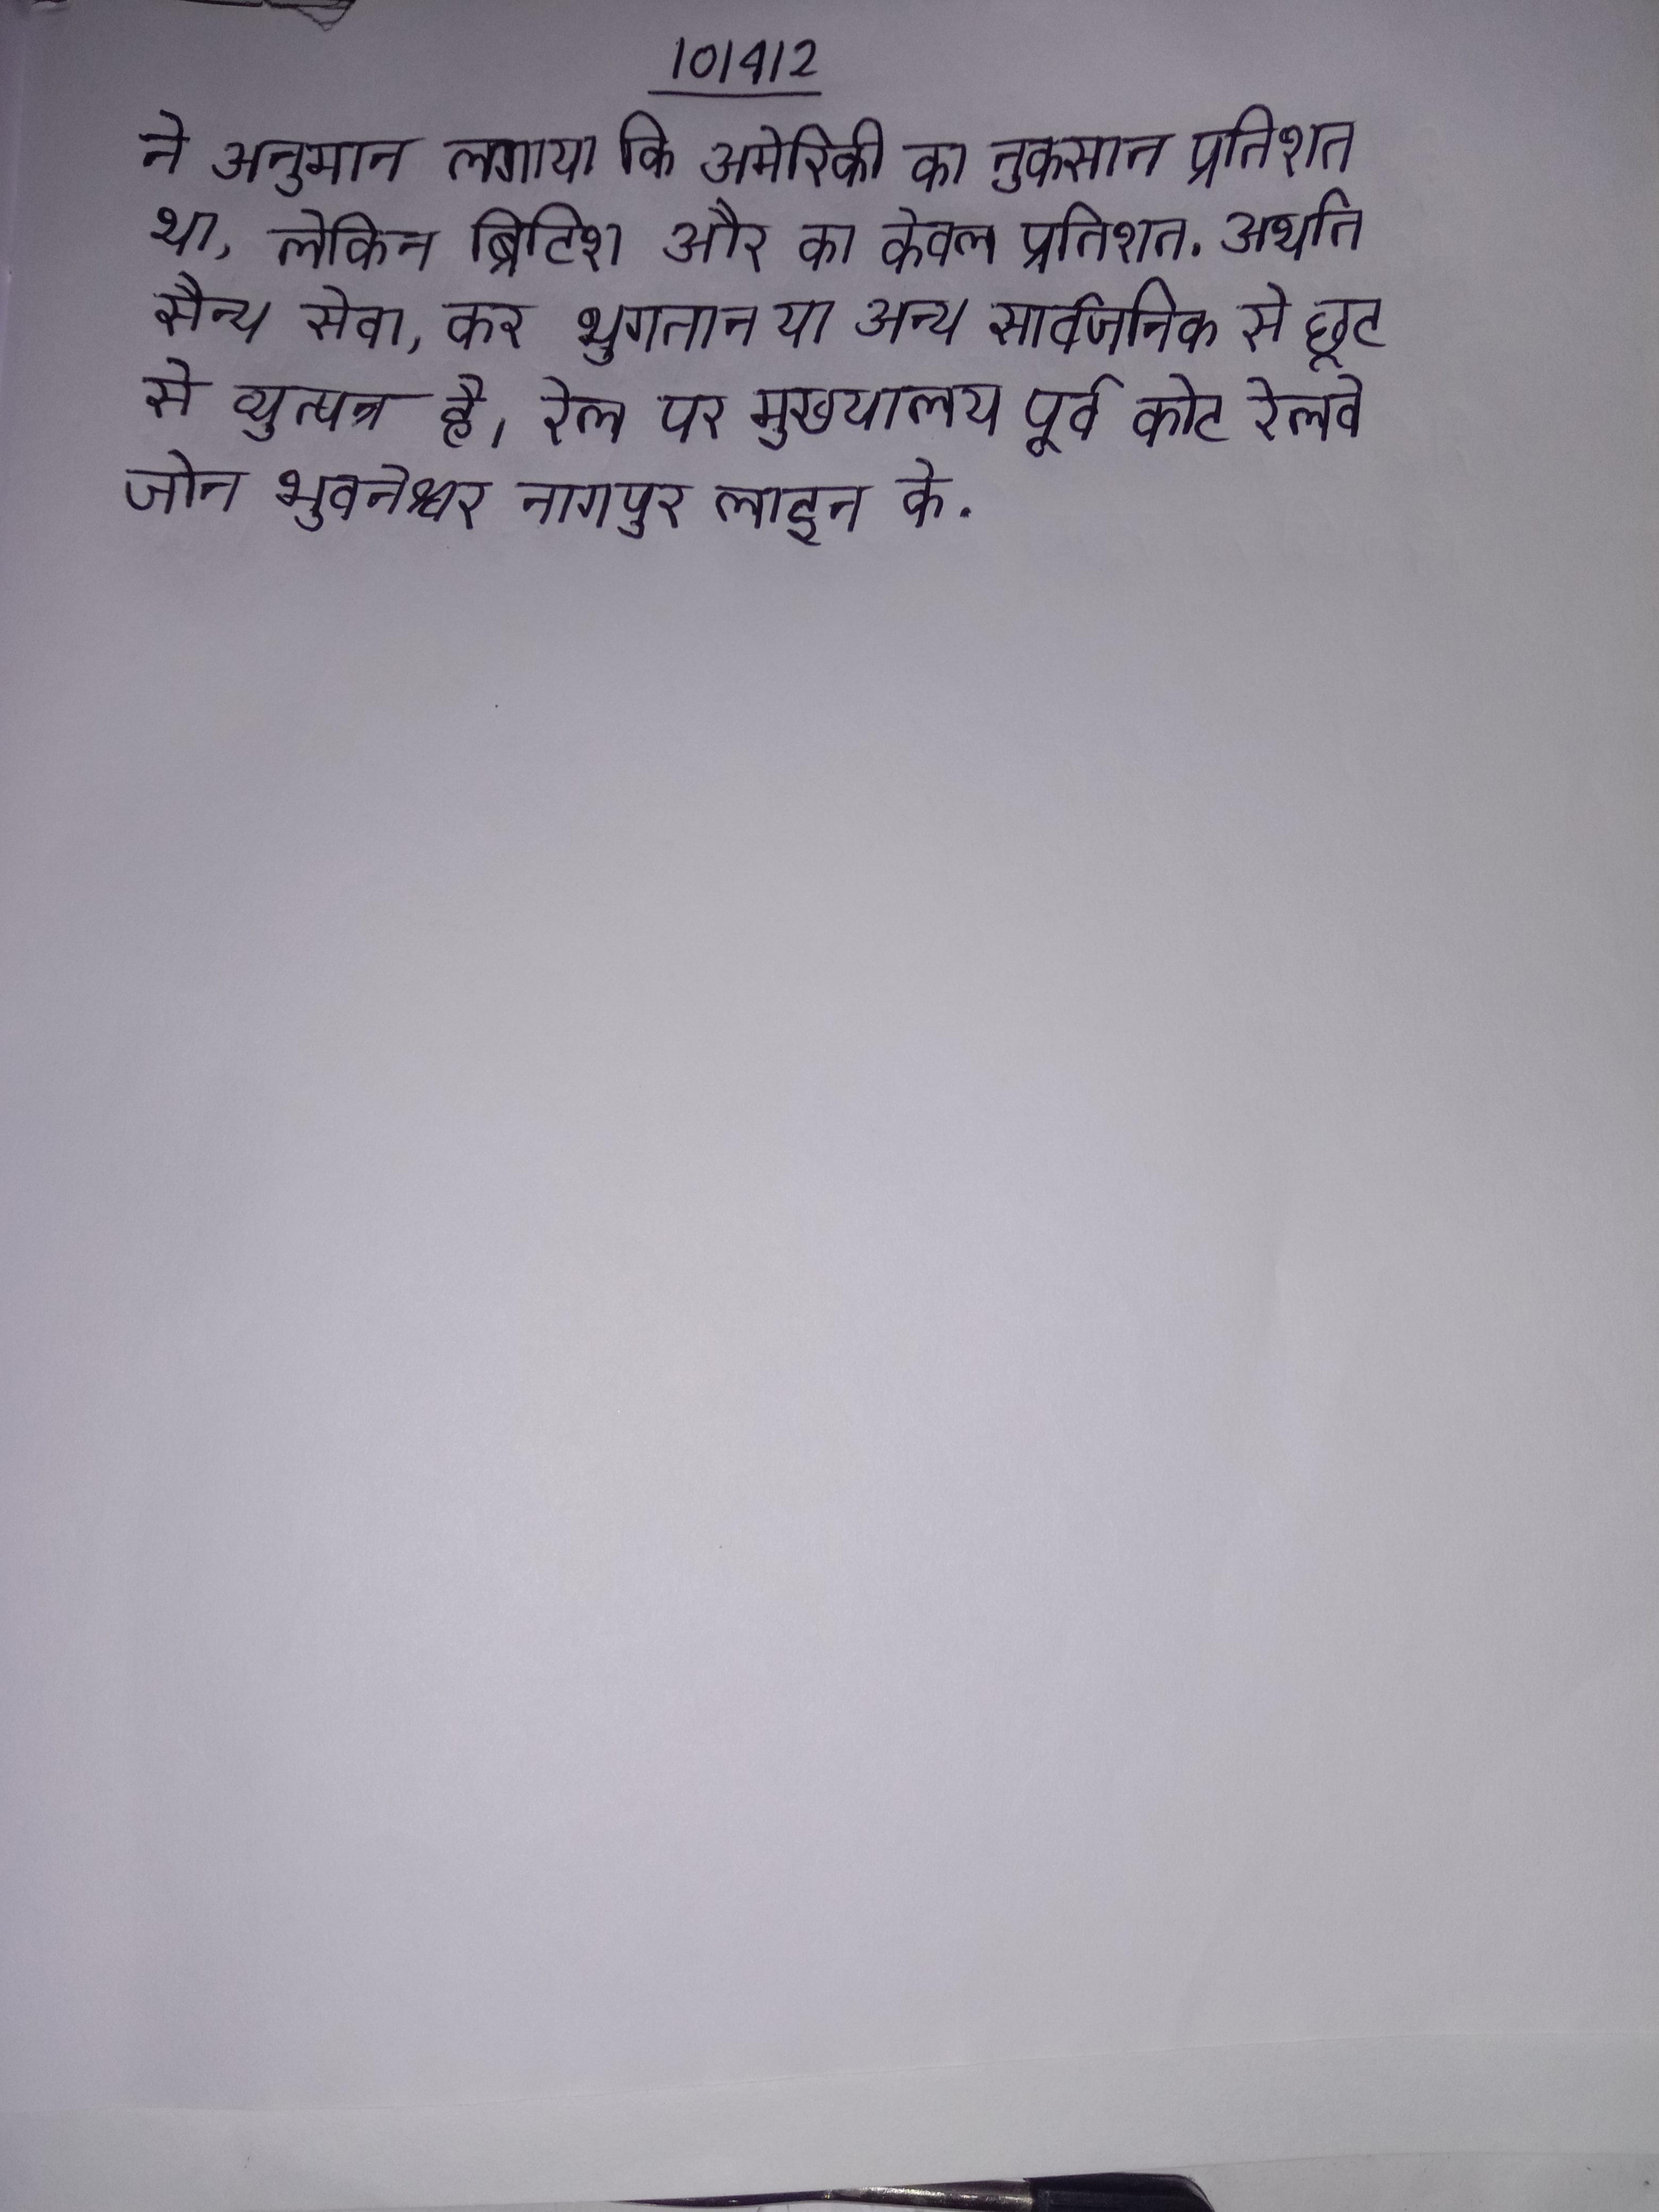
ने अनुमान लगाया कि अमेरिकी का नुकसान प्रतिशत था, लेकिन ब्रिटिश और का केवल प्रतिशत . अर्थात सैन्य सेवा, कर भुगतान या अन्य सार्वजनिक से छूट से व्युत्पन्न है । रेल पर मुख्यालय पूर्व कोट रेलवे जोन भुवनेश्वर नागपुर लाइन के .